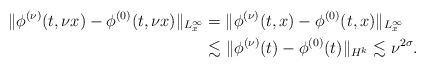
LaTeX: \begin{align*}\|\phi^{(\nu)}(t,\nu x)-\phi^{(0)}(t,\nu x)\|_{L_x^\infty}&=\|\phi^{(\nu)}(t, x)-\phi^{(0)}(t,x)\|_{L_x^\infty}\\&\lesssim\|\phi^{(\nu)}(t)-\phi^{(0)}(t)\|_{H^k}\lesssim\nu^{2\sigma}.\end{align*}